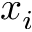
x _ { i }